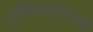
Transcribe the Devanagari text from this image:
ज़ूसेमिओतिक्स